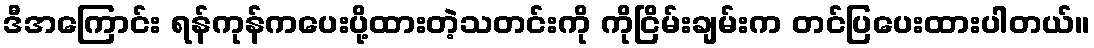
ဒီအကြောင်း ရန်ကုန်ကပေးပို့ထားတဲ့သတင်းကို ကိုငြိမ်းချမ်းက တင်ပြပေးထားပါတယ်။